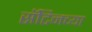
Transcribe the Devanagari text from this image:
सॅटिनच्या